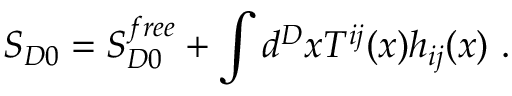
S _ { D 0 } = S _ { D 0 } ^ { f r e e } + \int d ^ { D } x T ^ { i j } ( x ) h _ { i j } ( x ) ~ .